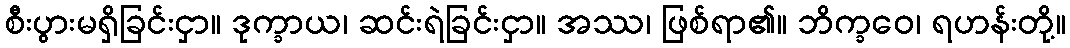
စီးပွားမရှိခြင်းငှာ။ ဒုက္ခာယ၊ ဆင်းရဲခြင်းငှာ။ အဿ၊ ဖြစ်ရာ၏။ ဘိက္ခဝေ၊ ရဟန်းတို့။